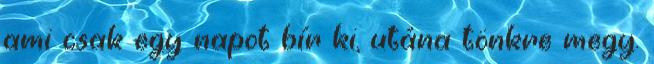
ami csak egy napot bír ki, utána tönkre megy.